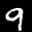
Label: 9